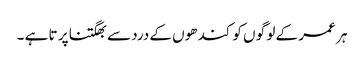
ہر عمر کے لو گو ں کو کند ھوں کے درد سے بھگتنا پر تا ہے ۔